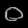
Digit: ၀